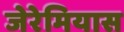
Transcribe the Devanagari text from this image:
जेरेमियास